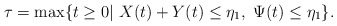
\begin{align*}\tau=\max\{t\geq0|\ X(t)+Y(t)\leq \eta_1,\ \Psi(t)\leq \eta_1\}.\end{align*}